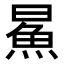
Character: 𬵅